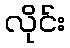
လိုင်း